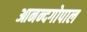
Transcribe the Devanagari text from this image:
आनन्दगोपाल